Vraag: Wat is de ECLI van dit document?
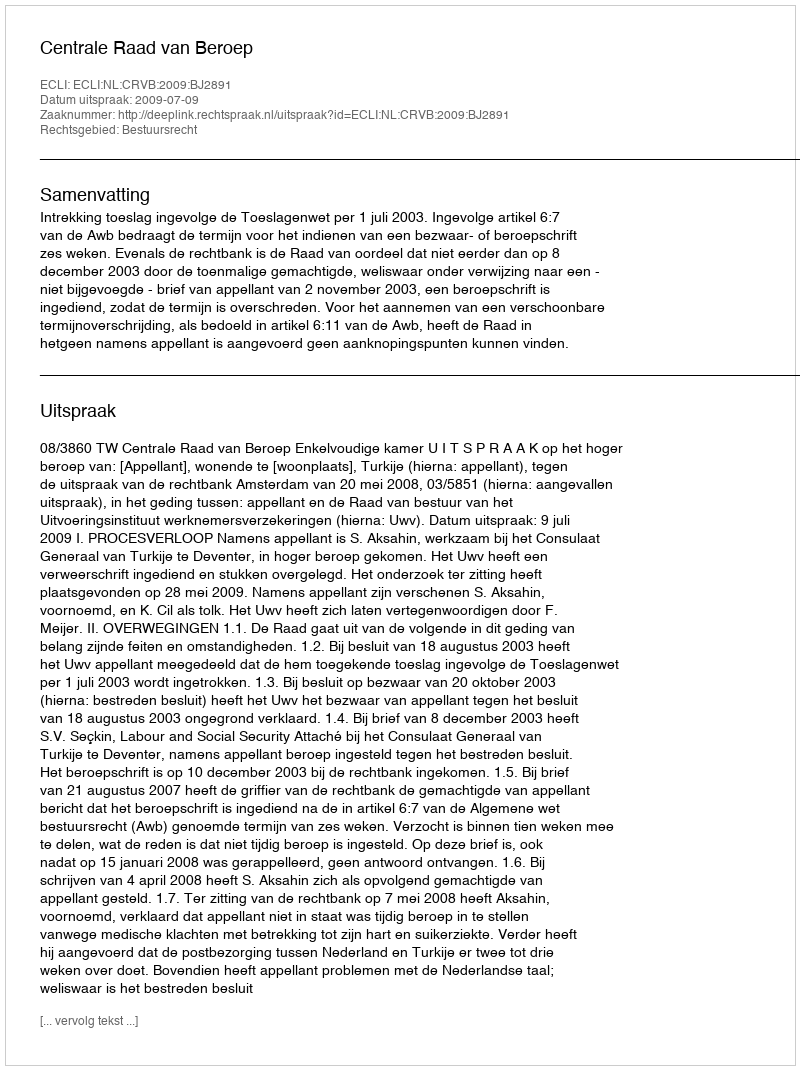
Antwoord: ECLI:NL:CRVB:2009:BJ2891